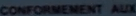
CONFORMEMENT AUX